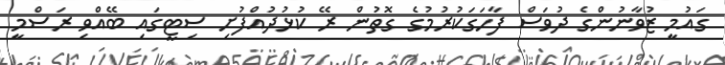
ގައުމީ ޒުވާނުންގެ ދުވަސް ފާހަގަކުރުމުގެ ގޮތުން ރޭ ކުޅުދުއްފުށި ސިޓީގައި ބޭއްވި ރަސްމީ